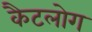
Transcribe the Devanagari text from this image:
कैटलोग